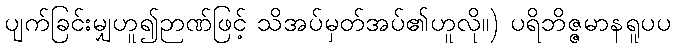
ပျက်ခြင်းမျှဟူ၍ဉာဏ်ဖြင့် သိအပ်မှတ်အပ်၏ဟူလို။) ပရိဘိဇ္ဇမာနရူပပ